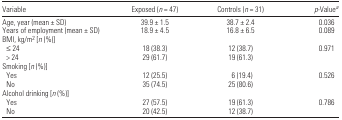
| Variable | Exposed (n = 47) | Controls (n = 31) | p-Valuea |
 | --- | --- | --- | --- |
 | Age, year (mean ± SD) | 39.9 ± 1.5 | 38.7 ± 2.4 | 0.036 |
 | Years of employment (mean ± SD) | 18.9 ± 4.5 | 16.8 ± 6.5 | 0.089 |
 | <COLSPAN=4> BMI, kg/m2 [n (%)] |
 | ≤24 | 18 (38.3) | 12 (38.7) | 0.971 |
 | > 24 | 29 (61.7) | 19 (61.3) |  |
 | <COLSPAN=4> Smoking [n (%)] |
 | Yes | 12 (25.5) | 6 (19.4) | 0.526 |
 | No | 35 (74.5) | 25 (80.6) |  |
 | <COLSPAN=4> Alcohol drinking [n (%)] |
 | Yes | 27 (57.5) | 19 (61.3) | 0.786 |
 | No | 20 (42.5) | 12 (38.7) |  |